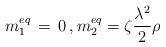
LaTeX: \begin{align*}m_{1}^{eq} \,=\, 0 \,, m_{2}^{eq} = \zeta \frac{\lambda^{2}}{2} \rho\end{align*}